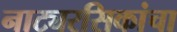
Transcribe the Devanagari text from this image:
नाट्यरसिकांचा